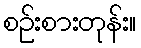
စဉ်းစားတုန်း။